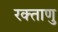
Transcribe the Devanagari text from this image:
रक्ताणु